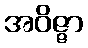
အဝိဇ္ဇာ